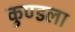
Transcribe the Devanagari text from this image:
कुण्डला